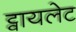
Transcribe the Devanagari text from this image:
ट्वायलेट